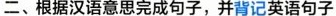
二、根据汉语意思完成句子,并背记英语句子